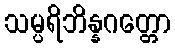
သမ္ပရိဘိန္နဂတ္တော